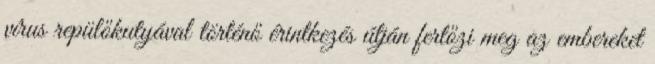
vírus repülőkutyával történő érintkezés útján fertőzi meg az embereket